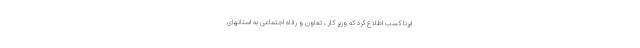
ایرنا کسب اطلاع کرد که وزیر کار ، تعاون و رفاه اجتماعی به استانهای